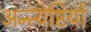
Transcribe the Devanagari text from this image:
अन्त्येष्टियों